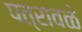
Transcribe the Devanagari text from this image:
पत्रावळे